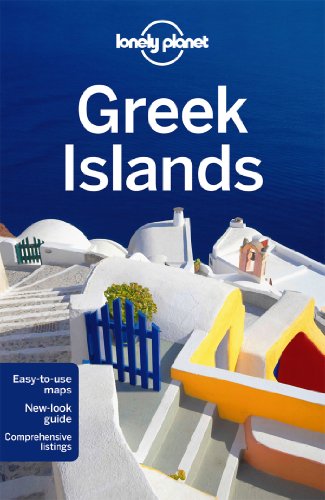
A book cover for Lonely Planet Greek Islands (Travel Guide); Lonely Planet; Travel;